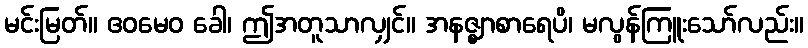
မင်းမြတ်။ ဧဝမေဝ ခေါ၊ ဤအတူသာလျှင်။ အနဇ္ဈာစာရေပိ၊ မလွန်ကြူးသော်လည်း။